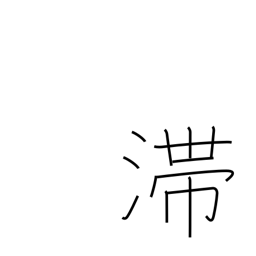
Meaning: stagnate